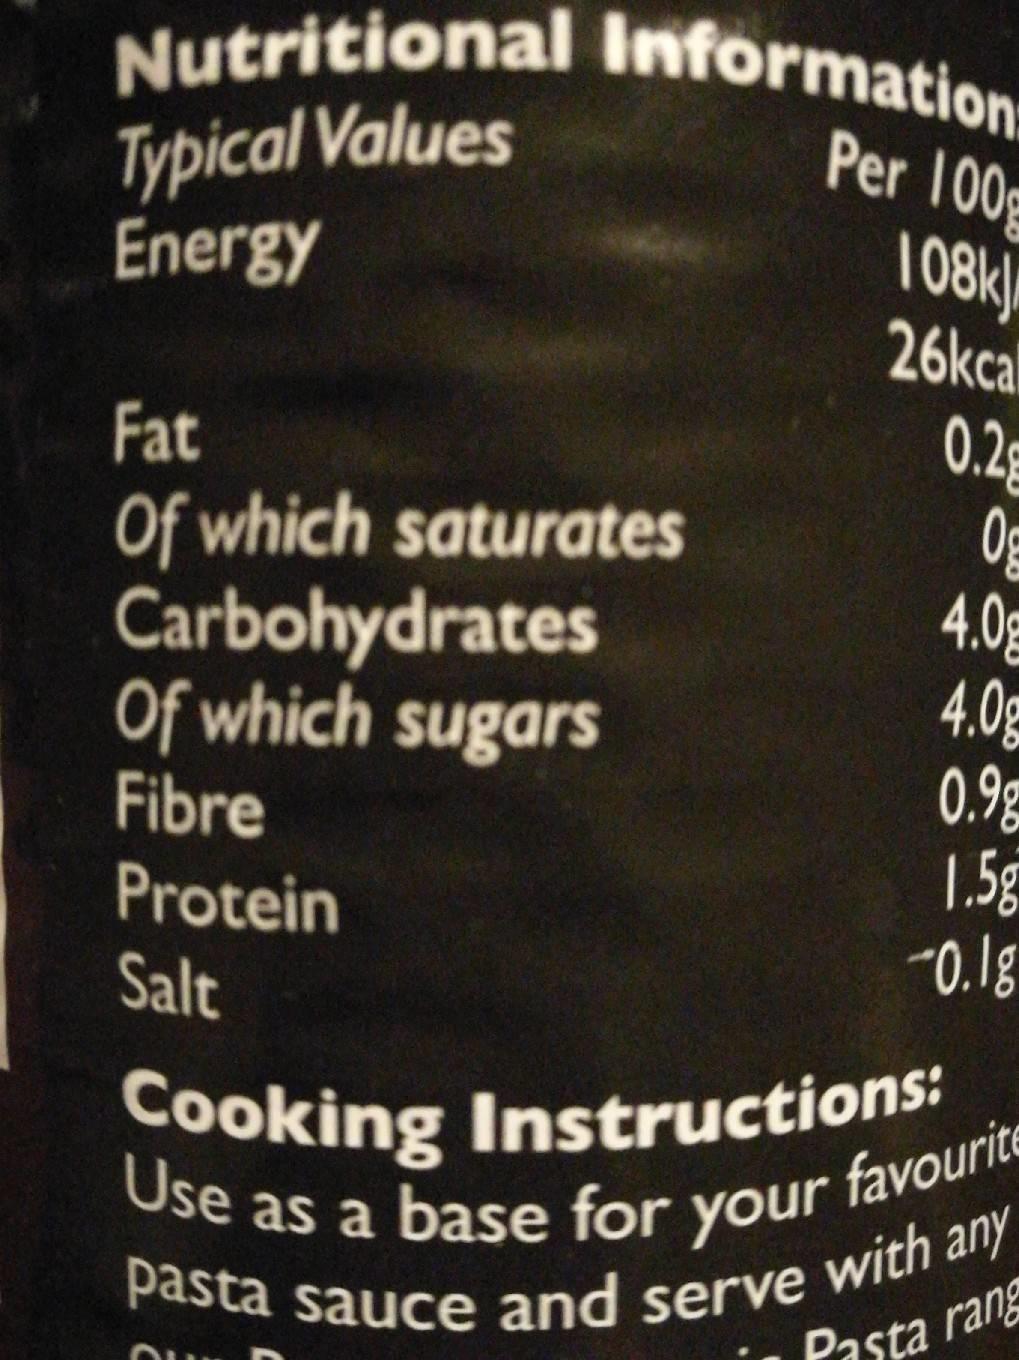
Nutritional Information
Typical Values
Energy
Fat
Of which saturates Carbohydrates
Of which sugars
Fibre
Protein
Salt
Per 100g
108k
26kcal
0.2g
Og
4.0
4.0g
0.9%
1.5g
-0.18
Cooking Instructions: Use as a base for your f pasta sauce and serve with any
favourite
Pasta rang